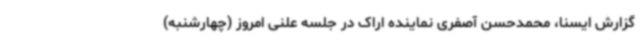
گزارش ایسنا، محمدحسن آصفری نماینده اراک در جلسه علنی امروز (چهارشنبه)